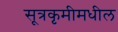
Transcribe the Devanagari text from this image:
सूत्रकृमीमधील